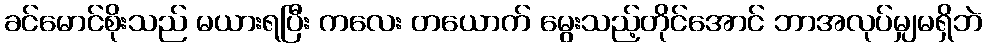
ခင်မောင်စိုးသည် မယားရပြီး ကလေး တယောက် မွေးသည့်တိုင်အောင် ဘာအလုပ်မျှမရှိဘဲ